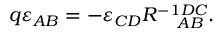
q \varepsilon _ { A B } = - \varepsilon _ { C D } R _ { \; \; \; \; \; A B } ^ { - 1 D C } .